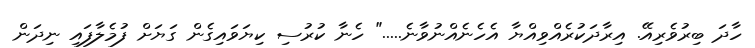
ހާދަ ބިރުވެރިއޭ. އިރާދަކުރެއްވިއްޔާ އެހެނެއްނުވާނެ....." ހެނާ ކުރުސި ކިޔަވައިގެން ގަޔަށް ފުމެލާފައި ނިދަން